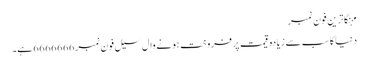
مہنگاترین فون نمبر
دنیا کا سب سے زیادہ قیمت پر فروخت ہونے وال سیل فون نمبر 6666666 ہے۔